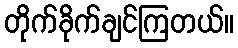
တိုက်ခိုက်ချင်ကြတယ်။